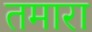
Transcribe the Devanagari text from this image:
तमारा